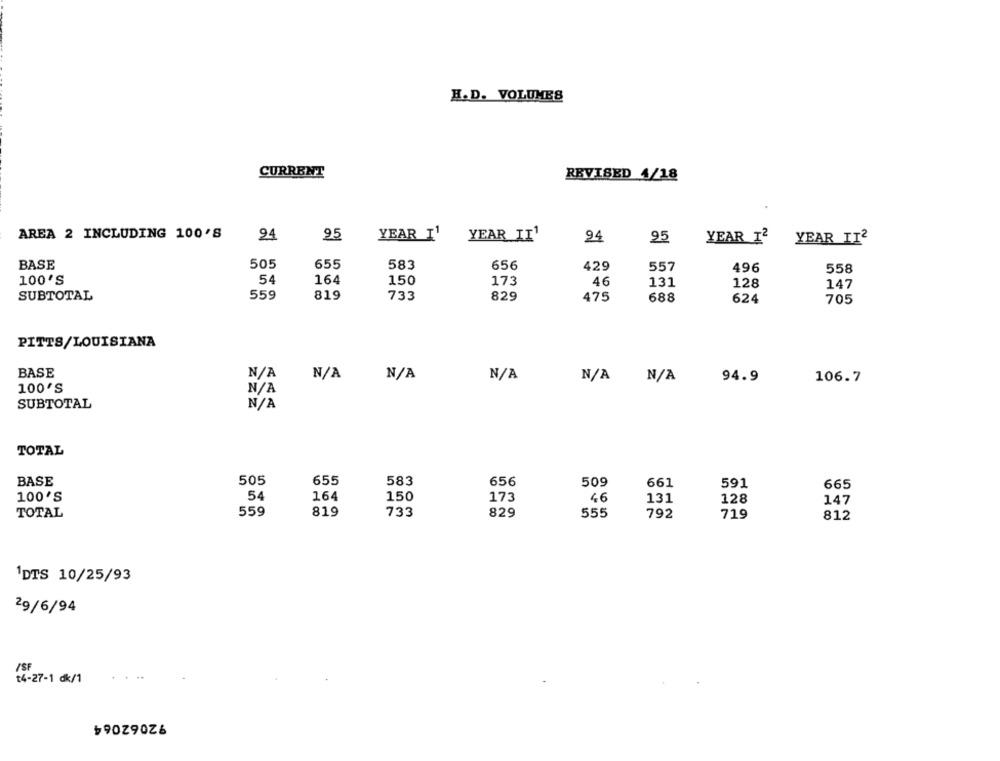
H.D. VOLUMES
CURRENT
REVISED 4/18
AREA 2 INCLUDING 100'S
94
95
YEAR I1
YEAR _II1
94
95
YEAR 12
YEAR IT2
BASE
505
655
583
656
429
557
496
558
100'S
54
164
150
173
131
46
128
147
SUBTOTAL
559
819
733
829
475
688
624
705
PITTS/LOUISIANA
BASE
94.9
106.7
100'S
SUBTOTAL
TOTAL
505
655
BASE
583
656
509
661
591
665
100'S
54
164
150
173
46
131
128
147
TOTAL
559
819
733
829
555
792
719
812
1DTS 10/25/93
29/6/94
/SF
t4-27-1 dk/1
৳9029026